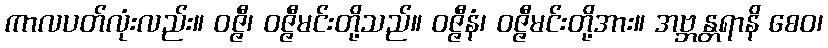
ကာလပတ်လုံးလည်း။ ဝဇ္ဇီ၊ ဝဇ္ဇီမင်းတို့သည်။ ဝဇ္ဇီနံ၊ ဝဇ္ဇီမင်းတို့အား။ အဗ္ဘန္တရာနိ စေဝ၊